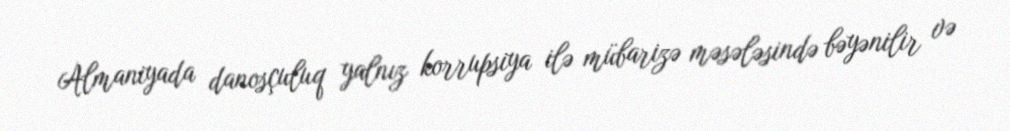
Almaniyada danosçuluq yalnız korrupsiya ilə mübarizə məsələsində bəyənilir və